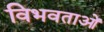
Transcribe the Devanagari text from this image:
विभवताओं